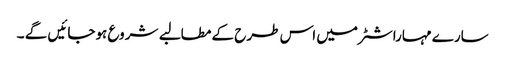
سارے مہاراشٹر میں اس طرح کے مطالبے شروع ہوجائیں گے ۔